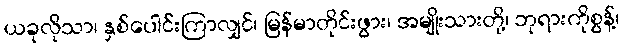
ယခုလိုသာ၊ နှစ်ပေါင်းကြာလျှင်၊ မြန်မာတိုင်းဖွား၊ အမျိုးသားတို့၊ ဘုရားကိုစွန့်၊